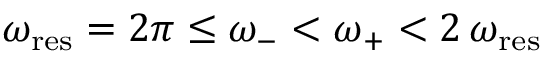
\omega _ { \mathrm { r e s } } = 2 \pi \leq \omega _ { - } < \omega _ { + } < 2 \, \omega _ { \mathrm { r e s } }